Tezpur Lunatic Asylum reports 1877-1894 - 1877-1894
Year: 1877
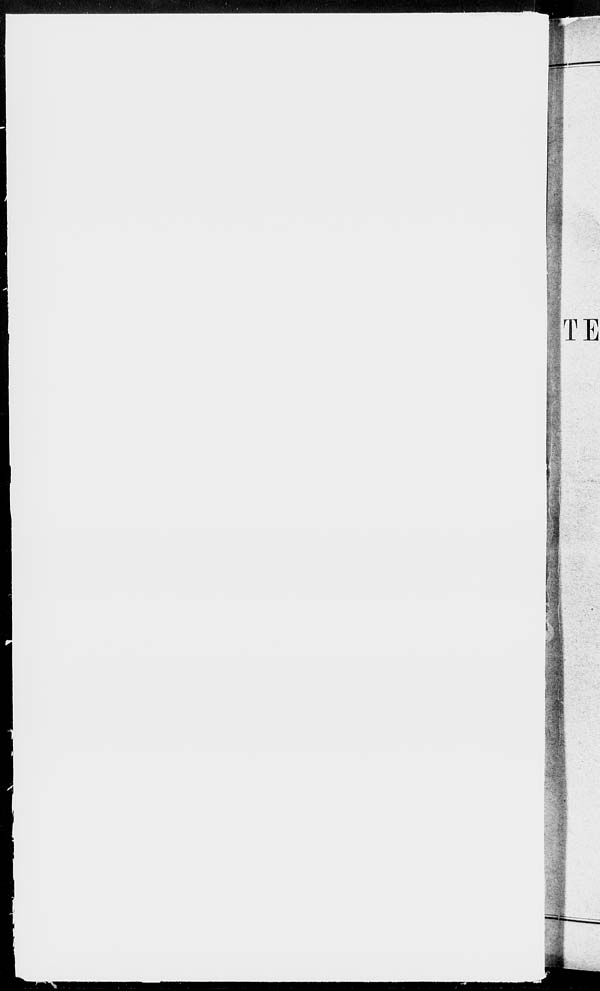
TE
■